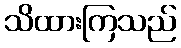
သိထားကြသည်